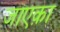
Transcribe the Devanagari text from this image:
जाएक़ा